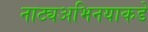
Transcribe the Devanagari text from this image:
नाट्यअभिनयाकडे